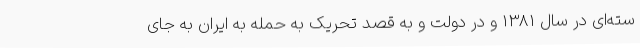
سته‌ای در سال 1381 و در دولت و به قصد تحریک به حمله به ایران به جای